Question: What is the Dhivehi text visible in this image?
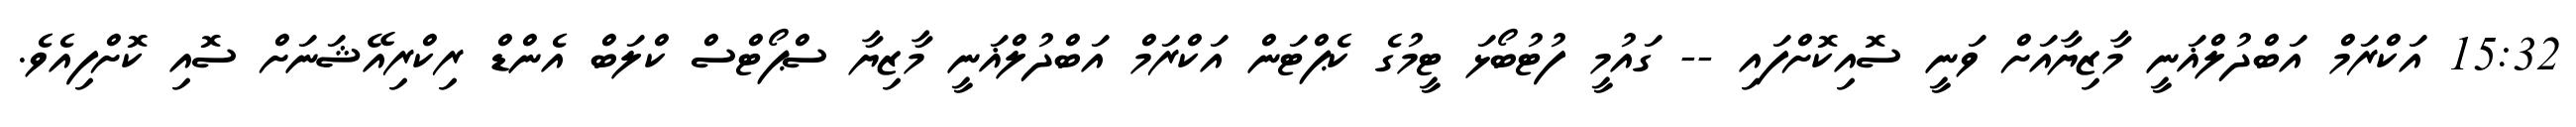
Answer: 15:32 އަކްރަމް އަބްދުލްޣަނީ މާޒިޔާއަށް ވަނީ ސޮއިކޮށްފައި -- ގައުމީ ފުޓުބޯޅަ ޓީމުގެ ކެޕްޓަން އަކްރަމް އަބްދުލްޣަނީ މާޒިޔާ ސްޕޯޓްސް ކްލަބް އެންޑް ރިކްރިއޭޝަނަށް ސޮއި ކޮށްފިއެވެ.